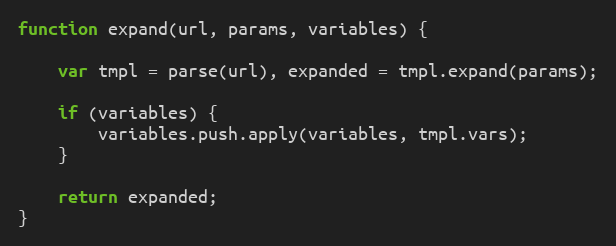
Language: JavaScript
function expand(url, params, variables) {

    var tmpl = parse(url), expanded = tmpl.expand(params);

    if (variables) {
        variables.push.apply(variables, tmpl.vars);
    }

    return expanded;
}